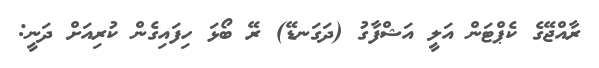
ރާއްޖޭގެ ކެޕްޓަން އަލީ އަޝްފާގު (ދަގަނޑޭ) ރޭ ބޯޅަ ހިފައިގެން ކުރިއަށް ދަނީ: